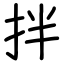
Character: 拌